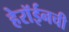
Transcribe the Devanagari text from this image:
हेरॉईनची